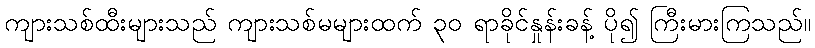
ကျားသစ်ထီးများသည် ကျားသစ်မများထက် ၃၀ ရာခိုင်နှုန်းခန့် ပို၍ ကြီးမားကြသည်။